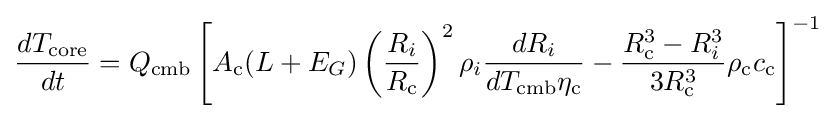
{\frac {dT_{\text{core}}}{dt}}=Q_{\text{cmb}}\left[A_{\text{c}}(L+E_{G})\left({\frac {R_{i}}{R_{\text{c}}}}\right)^{2}\rho _{i}{\frac {dR_{i}}{dT_{\text{cmb}}\eta _{\text{c}}}}-{\frac {R_{\text{c}}^{3}-R_{i}^{3}}{3R_{\text{c}}^{3}}}\rho _{\text{c}}c_{\text{c}}\right]^{-1}